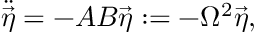
\ddot { \vec { \eta } } = - A B \vec { \eta } : = - \Omega ^ { 2 } \vec { \eta } ,